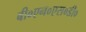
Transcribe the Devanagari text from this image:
बी०एन०एस०डी०